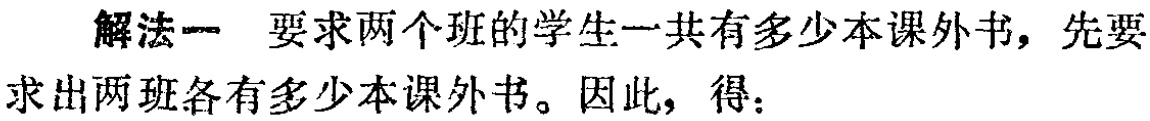
解法一 要求两个班的学生一共有多少本课外书，先要求出两班各有多少本课外书。因此，得：